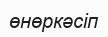
өнөркәсіп